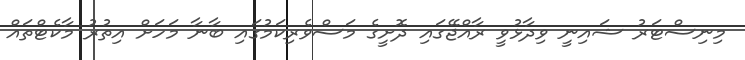
މިނިސްޓަރު ޝައިނީ ވިދާޅުވީ ރާއްޖޭގައި ދޮށީގެ މަސްވެރިކަމުގައި ބާނާ މަހަށް އިތުރު މާކެޓްތައް